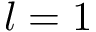
l = 1